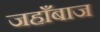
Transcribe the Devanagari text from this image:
जहाँबाज